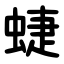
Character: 蜨